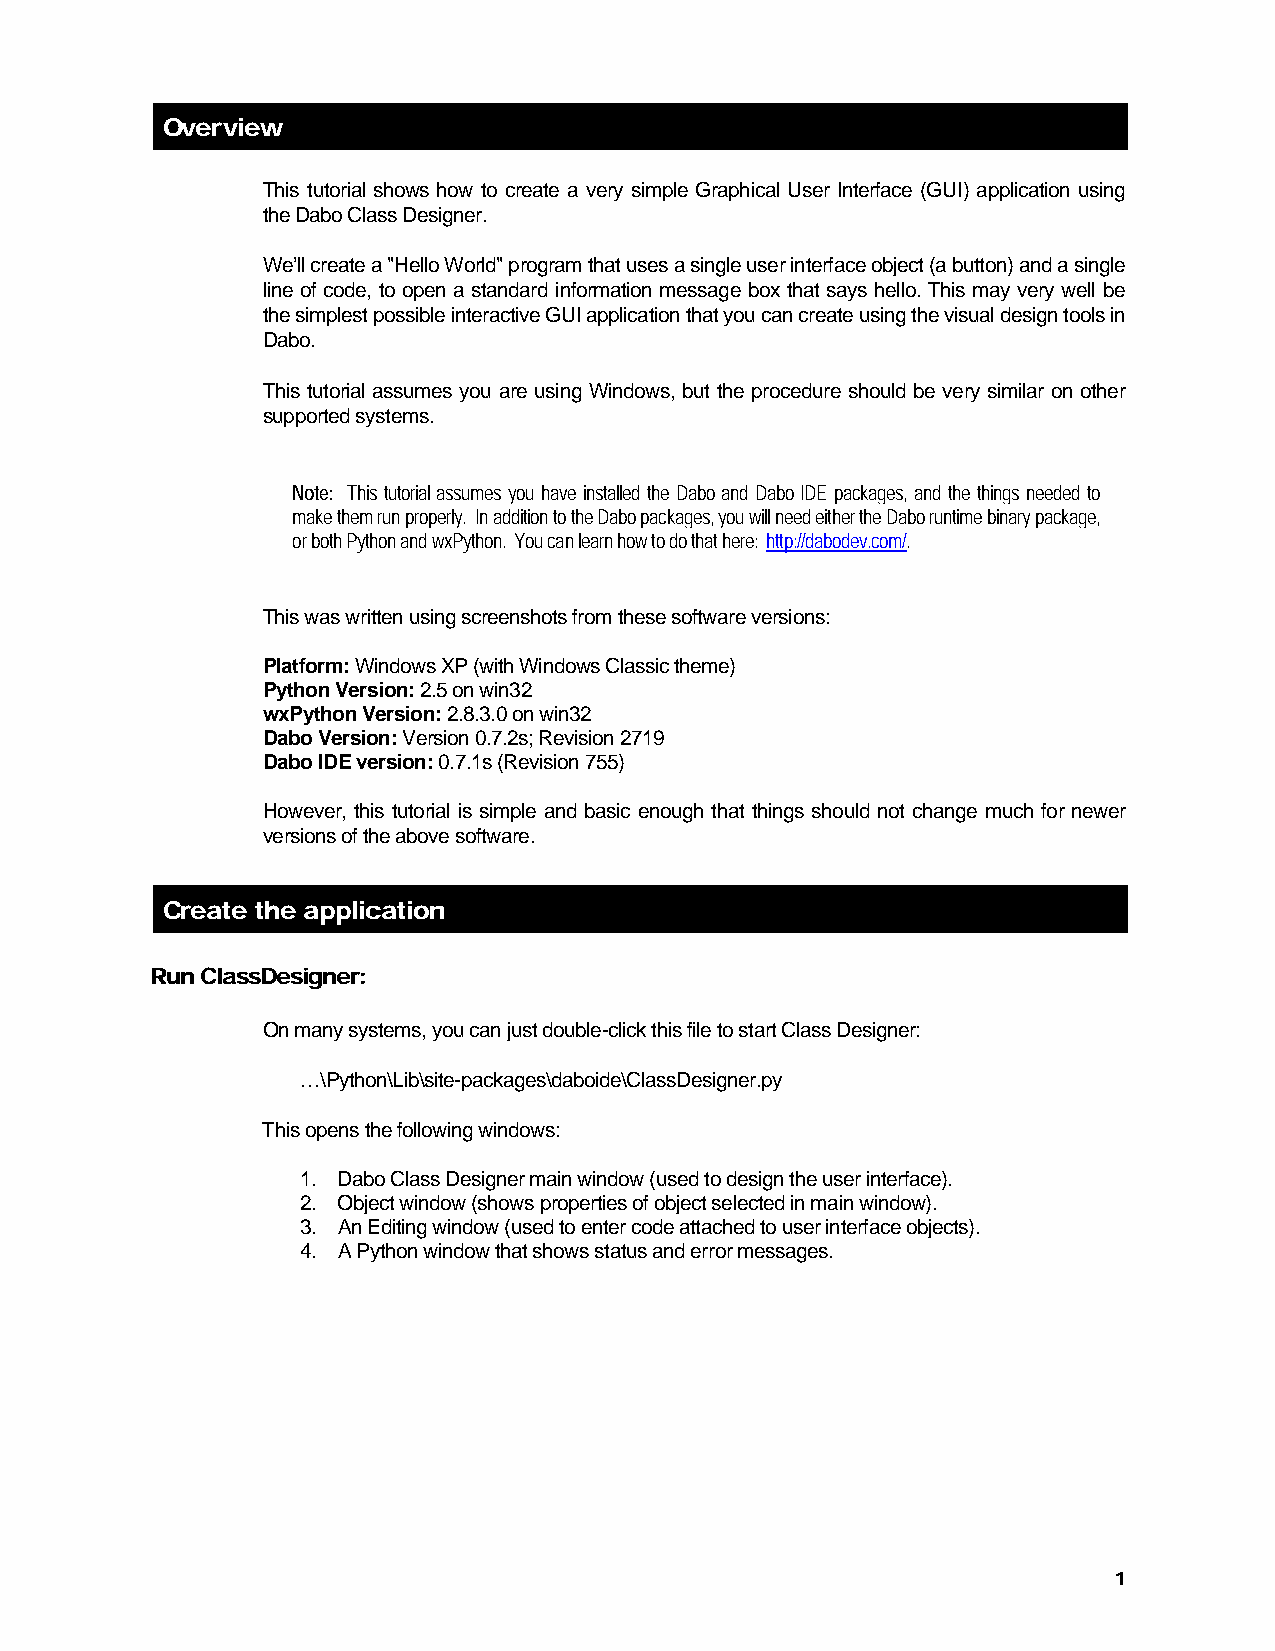
Overview
 This tutorial shows how to create a very simple Graphical User Interface (GUI) application using
 the Dabo Class Designer.
 We’ll create a "Hello World" program that uses a single user interface object (a button) and a single
 line of code, to open a standard information message box that says hello. This may very well be
 the simplest possible interactive GUI application that you can create using the visual design tools in
 Dabo.
 This tutorial assumes you are using Windows, but the procedure should be very similar on other
 supported systems.
 Note: This tutorial assumes you have installed the Dabo and Dabo IDE packages, and the things needed to
 make them run properly. In addition to the Dabo packages, you will need either the Dabo runtime binary package,
 or both Python and wxPython. You can learn how to do that here: http://dabodev.com/.
 This was written using screenshots from these software versions:
 Platform: Windows XP (with Windows Classic theme)
 Python Version: 2.5 on win32
 wxPython Version: 2.8.3.0 on win32
 Dabo Version: Version 0.7.2s; Revision 2719
 Dabo IDE version: 0.7.1s (Revision 755)
 However, this tutorial is simple and basic enough that things should not change much for newer
 versions of the above software.
 Create the application
 Run ClassDesigner:
 On many systems, you can just double-click this file to start Class Designer:
 …\Python\Lib\site-packages\daboide\ClassDesigner.py
 This opens the following windows:
 1. Dabo Class Designer main window (used to design the user interface).
 2. Object window (shows properties of object selected in main window).
 3. An Editing window (used to enter code attached to user interface objects).
 4. A Python window that shows status and error messages.
 1